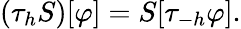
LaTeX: (\tau_{h}S)[\varphi]=S[\tau_{-h}\varphi].